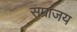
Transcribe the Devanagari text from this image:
सम्राजय